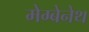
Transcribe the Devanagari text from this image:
मेग्बेनेथ